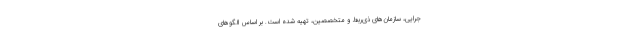
جرايي، سازمان‌هاي ذي‌ربط و متخصصين، تهيه شده است. بر اساس الگوهاي